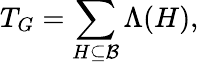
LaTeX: T_{G}=\sum_{H\subseteq\mathcal{B}}\Lambda(H),